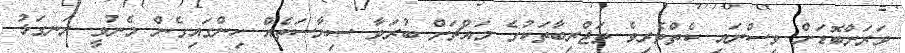
ވަރަށްބޮޑަށް ވިސްނައި ކެތްތެރިވެ ތަޖްރިބާތަކުގެ މައްޗަށް ބުރަވާ ސިޔާސަތެއް ހިންގައިގެން މެނުވީ ރަނގަޅު